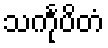
သင်္ကုပိတံ